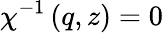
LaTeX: \chi^{-1}\left(q,z\right)=0